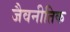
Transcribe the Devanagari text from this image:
जैवनीतिक